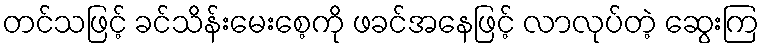
တင်သဖြင့် ခင်သိန်းမေးစေ့ကို ဖခင်အနေဖြင့် လာလုပ်တဲ့ ဆွေးကြ